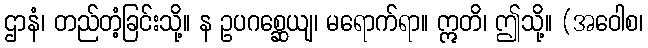
ဌာနံ၊ တည်တံ့ခြင်းသို့။ န ဥပဂစ္ဆေယျ၊ မရောက်ရာ။ ဣတိ၊ ဤသို့။ (အဝေါစ၊